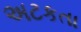
અટકતા